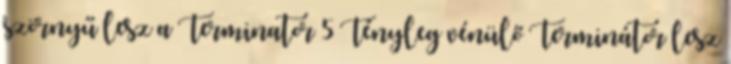
szörnyű lesz a Terminator 5 Tényleg vénülő Terminátor lesz